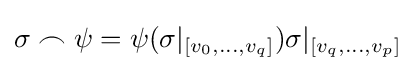
\sigma \frown \psi =\psi (\sigma |_{[v_{0},\ldots ,v_{q}]})\sigma |_{[v_{q},\ldots ,v_{p}]}